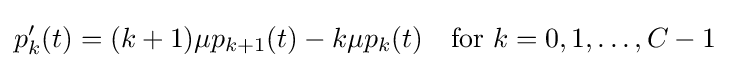
p_{k}^{\prime }(t)=(k+1)\mu p_{k+1}(t)-k\mu p_{k}(t)\quad {\text{for }}k=0,1,\ldots ,C-1